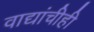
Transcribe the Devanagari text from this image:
वाद्यांचीही